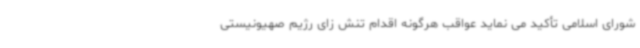
شورای اسلامی تأکید می نماید عواقب هرگونه اقدام تنش زای رژیم صهیونیستی